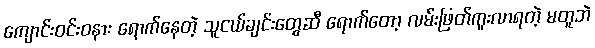
ကျောင်းဝင်းဝနား ရောက်နေတဲ့ သူငယ်ချင်းတွေဆီ ရောက်တော့ လမ်းဖြတ်ကူးလာရတဲ့ မတူဘဲ